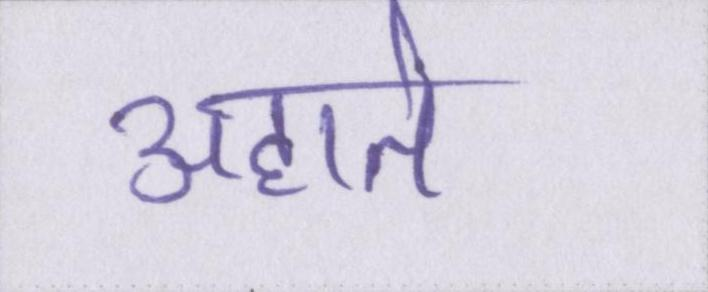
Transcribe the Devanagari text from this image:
अहाते